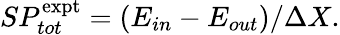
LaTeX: SP_{tot}^{\mathrm{expt}}=(E_{in}-E_{out})/\Delta X.